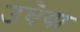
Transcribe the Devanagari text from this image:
उघैया